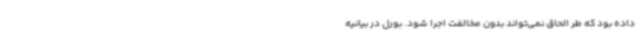
داده بود که طر الحاق نمی‌تواند بدون مخالفت اجرا شود. بورل در بیانیه